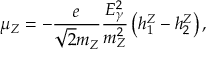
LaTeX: \mu _ { Z } = - \frac { e } { \sqrt { 2 } m _ { Z } } \frac { E _ { \gamma } ^ { 2 } } { m _ { Z } ^ { 2 } } \left( h _ { 1 } ^ { Z } - h _ { 2 } ^ { Z } \right) ,